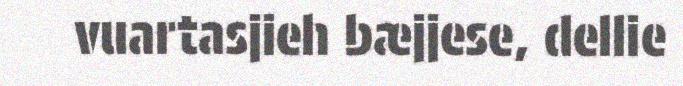
vuartasjieh bæjjese, dellie